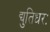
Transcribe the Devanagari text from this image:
द्युतिधरः